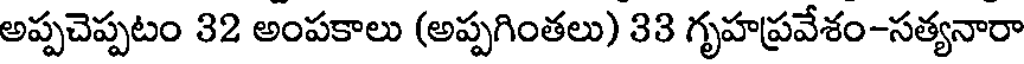
అప్పచెప్పటం 32 అంపకాలు (అప్పగింతలు) 33 గృహప్రవేశం-సత్యనారా